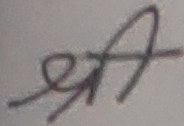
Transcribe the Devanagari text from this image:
श्री A